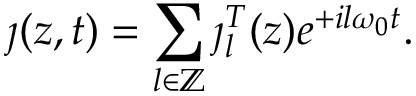
\jmath ( z , t ) = \sum _ { l \in \mathbb { Z } } \jmath _ { l } ^ { T } ( z ) e ^ { + i l \omega _ { 0 } t } .